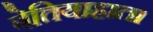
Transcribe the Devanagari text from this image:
बेतियाहाता